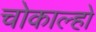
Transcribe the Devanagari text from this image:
चोकाल्हो